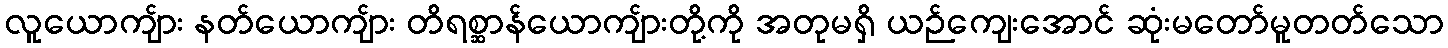
လူယောကျ်ား နတ်ယောကျ်ား တိရစ္ဆာန်ယောကျ်ားတို့ကို အတုမရှိ ယဉ်ကျေးအောင် ဆုံးမတော်မူတတ်သော